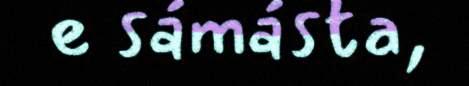
e sámásta,